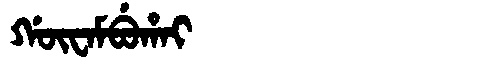
Manchu: ᡤᡡᠸᠠᠮᠪᡠᡥᠠᡳ
Romanization: GŪWAMBUHAI